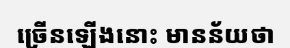
ច្រើនឡើងនោះ មានន័យថា